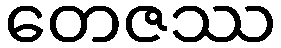
တေဇဿ